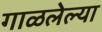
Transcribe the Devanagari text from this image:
गाळलेल्या